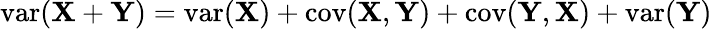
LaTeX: \operatorname{var}(\mathbf{X}+\mathbf{Y})=\operatorname{var}(\mathbf{X})+\operatorname{cov}(\mathbf{X},\mathbf{Y})+\operatorname{cov}(\mathbf{Y},\mathbf{X})+\operatorname{var}(\mathbf{Y})